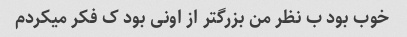
خوب بود ب نظر من بزرگتر از اونی بود ک فکر میکردم